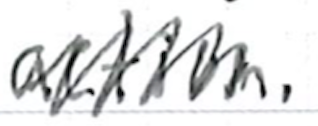
Text: action.
Cross-out: zig-zag
Writing tool: ballpoint